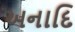
અનાદિ